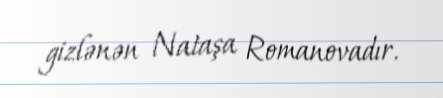
gizlənən Nataşa Romanovadır.